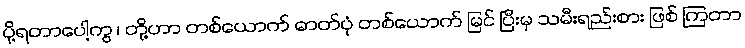
ပို့ရတာပေါ့ကွ ၊ တို့ဟာ တစ်ယောက် ဓာတ်ပုံ တစ်ယောက် မြင် ပြီးမှ သမီးရည်းစား ဖြစ် ကြတာ